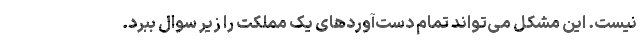
نیست. این مشکل می‌تواند تمام دست‌آوردهای یک مملکت را زیر سوال ببرد.